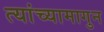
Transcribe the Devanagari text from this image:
त्यांच्यामागुन